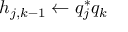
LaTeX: h _ { j , k - 1 } \leftarrow q _ { j } ^ { * } q _ { k }